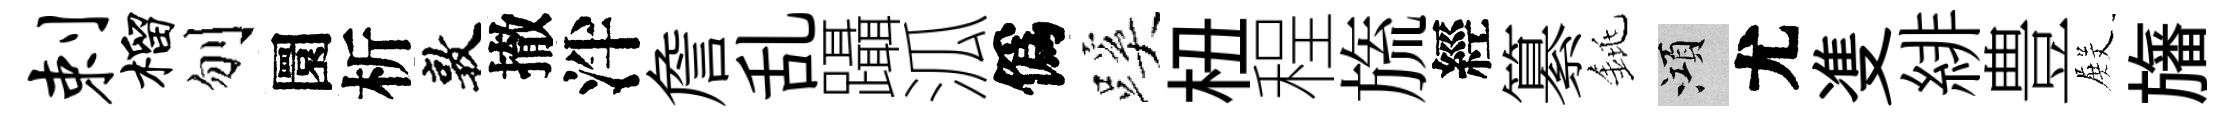
剌榴刎圜析敦撤泮詹乱躡泒僞蹊杻程旒經纂銚澒尤㕠緋豊𭮺旛